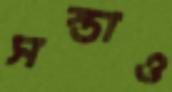
সস্তাও